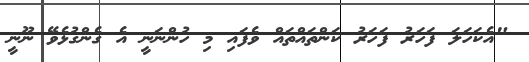
"އެކަހަލަ ފަހަރު ފަހަރު ކަންތައްތައް ވެފައި މި ހުންނަނީ އެ ގެންގުޅެވޭ ނޫނީ